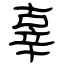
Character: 辜